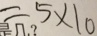
= 5 \times 1 0